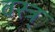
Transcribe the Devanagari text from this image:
वस्त्र्